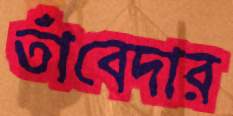
তাঁবেদার